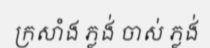
ក្រសាំង ភ្លង់ ចាស់ ភ្លង់